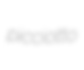
picciotto